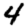
Digit: 4